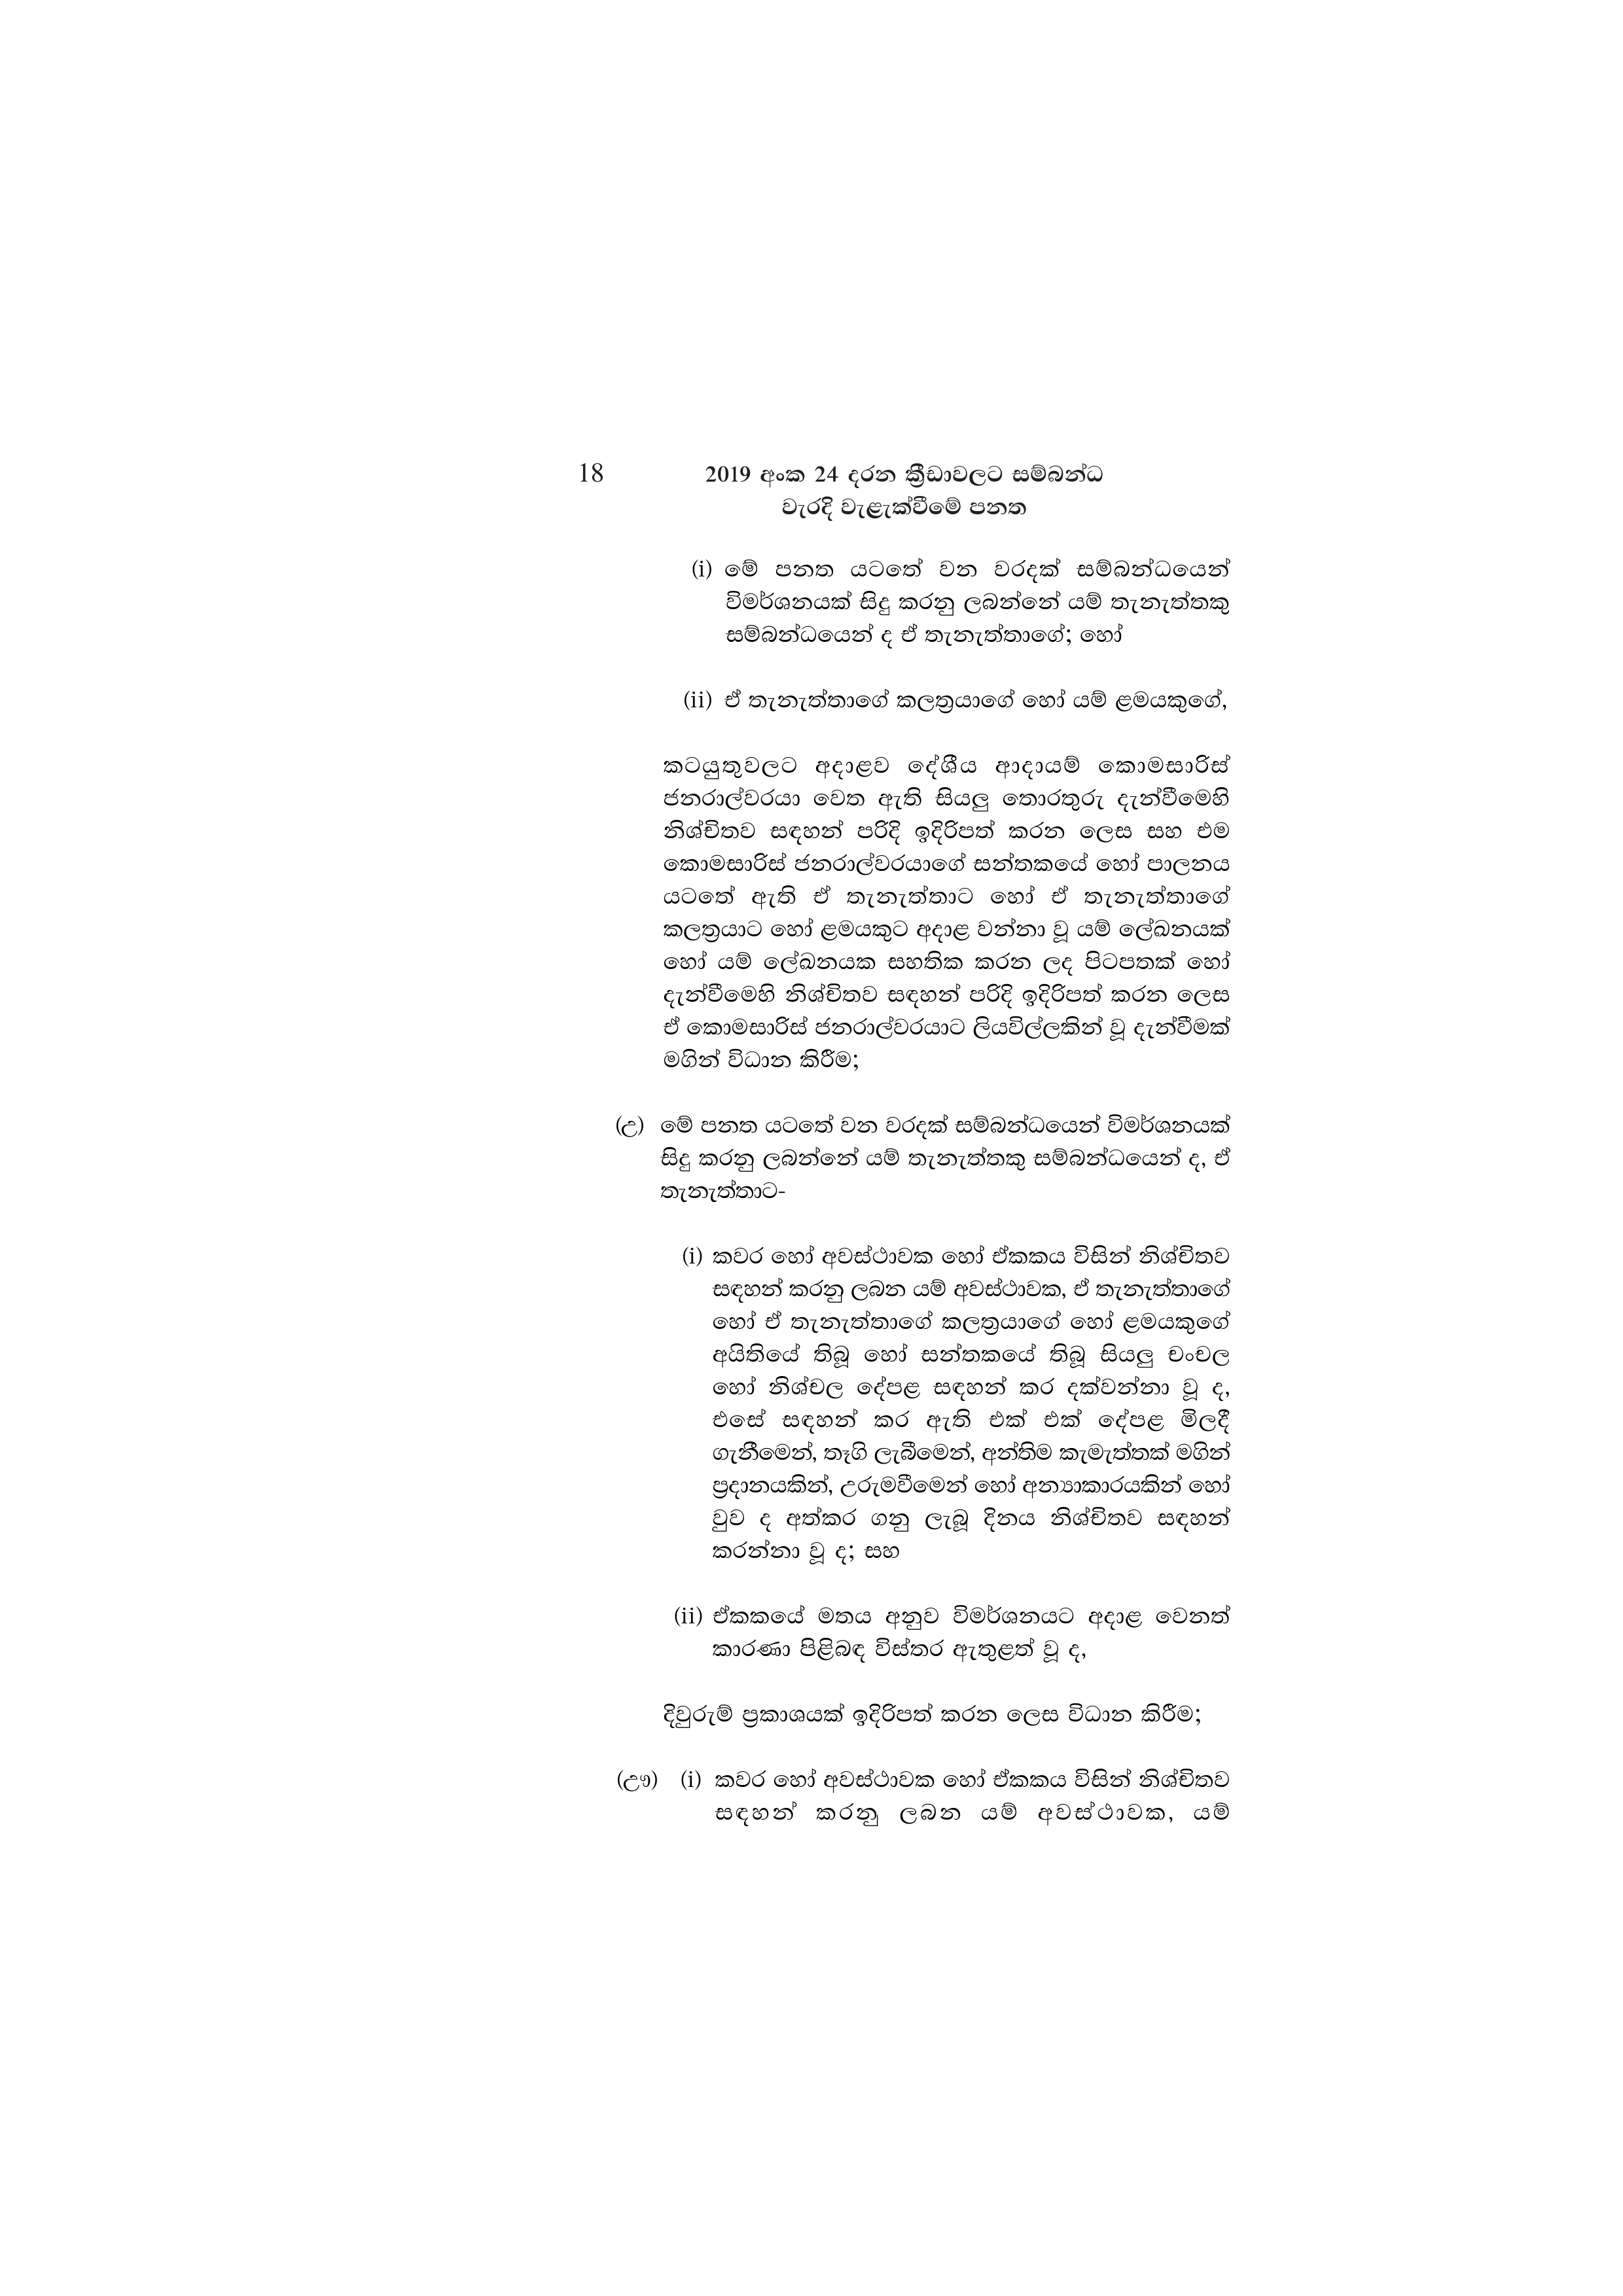
18 2019 අංක 24 දරන ක්‍රීඩාවලට සම්බන්ධ
වැරදි වැළැක්වීමේ පනත

(i) මේ පනත යටතේ වන වරදක් සම්බන්ධයෙන්
විමර්ශනයක් සිදු කරනු ලබන්නේ යම් තැනැත්තකු
සම්බන්ධයෙන් ද ඒ තැනැත්තාගේ;හෝ

(ii) ඒ තැනැත්තාගේ කලත්‍රයාගේ හෝ යම් ළමයකුගේ,

කටයුතුවලට අදාළව දේශීය ආදායම් කොමසාරිස්
ජනරාල්වරයා වෙත ඇති සියලු තොරතුරු දැන්වීමෙහි
නිශ්චිතව සඳහන් පරිදි ඉදිරිපත් කරන ලෙස සහ එම
කොමසාරිස් ජනරාල්වරයාගේ සන්තකයේ හෝ පාලනය
යටතේ ඇති ඒ තැනැත්තාට හෝ ඒ තැනැත්තාගේ
කලත්‍රයාට හෝ ළමයකුට අදාළ වන්නා වූ යම් ලේඛනයක්
හෝ යම් ලේඛනයක සහතික කරන ලද පිටපතක් හෝ
දැන්වීමෙහි නිශ්චිතව සඳහන් පරිදි ඉදිරිපත් කරන ලෙස
ඒ කොමසාරිස් ජනරාල්වරයාට ලියවිල්ලකින් වූ දැන්වීමක්
මගින් විධාන කිරීම;

(උ) මේ පනත යටතේ වන වරදක් සම්බන්ධයෙන් විමර්ශනයක්
සිදු කරනු ලබන්නේ යම් තැනැත්තකු සම්බන්ධයෙන් ද, ඒ
තැනැත්තාට-

(i) කවර හෝ අවස්ථාවක හෝ ඒකකය විසින් නිශ්චිතව
සඳහන් කරනු ලබන යම් අවස්ථාවක, ඒ තැනැත්තාගේ
හෝ ඒ තැනැත්තාගේ කලත්‍රයාගේ හෝ ළමයකුගේ
අයිතියේ තිබූ හෝ සන්තකයේ තිබූ සියලු චංචල
හෝ නිශ්චල දේපළ සඳහන් කර දක්වන්නා වූ ද,
එසේ සඳහන් කර ඇති එක් එක් දේපළ මිලදී
ගැනීමෙන්, තෑගි ලැබීමෙන්, අන්තිම කැමැත්තක් මගින්
ප්‍රදානයකින්, උරුමවීමෙන් හෝ අන්‍යාකාරයකින් හෝ
වුව ද අත්කර ගනු ලැබූ දිනය නිශ්චිතව සඳහන්
කරන්නා වූ ද; සහ

(ii) ඒකකයේ මතය අනුව විමර්ශනයට අදාළ වෙනත්
කාරණා පිළිබඳ විස්තර ඇතුළත් වූ ද,

දිවුරුම් ප්‍රකාශයක් ඉදිරිපත් කරන ලෙස විධාන කිරීම;

(ඌ) (i) කවර හෝ අවස්ථාවක හෝ ඒකකය විසින් නිශ්චිතව
සඳහන් කරනු ලබන යම් අවස්ථාවක, යම්